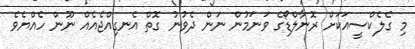
މި ގެލެކްސީއަކަށް ރޮނާލްޑޯގެ ވަނަމުން ނަން ދެވުނު ގޮތް އެނގިއްޖެއެއް ނޫން ހެއްޔެވެ